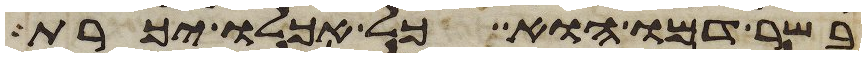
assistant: בשר דמו הוא כל אכלו יכרת